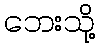
ဘေးသို့